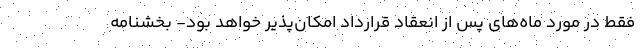
فقط در مورد ماه‌های پس از انعقاد قرارداد امکان‌پذیر خواهد بود- بخشنامه